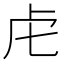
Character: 虍